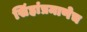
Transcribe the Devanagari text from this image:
सिंहांप्रमाणेच